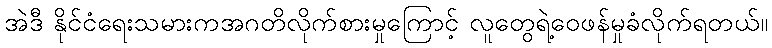
အဲဒီ နိုင်ငံရေးသမားကအဂတိလိုက်စားမှုကြောင့် လူတွေရဲ့ဝေဖန်မှုခံလိုက်ရတယ်။